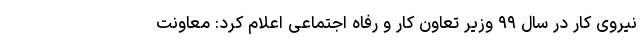
نیروی کار در سال ۹۹ وزیر تعاون کار و رفاه اجتماعی اعلام کرد: معاونت